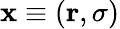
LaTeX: \mathbf{x}\equiv(\mathbf{{r}},\sigma)